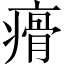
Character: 㾶